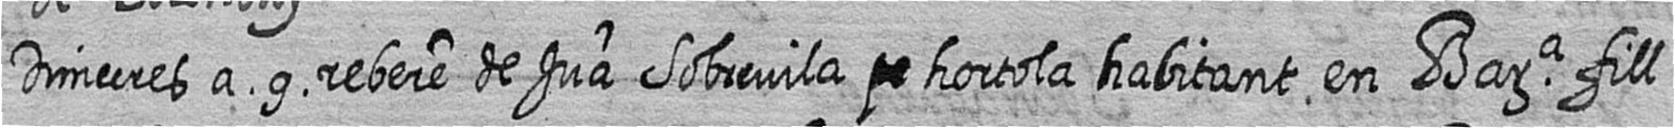
Dimecres a 9 rebere de Jua Sobrevila # hortola habitant en Bara fill